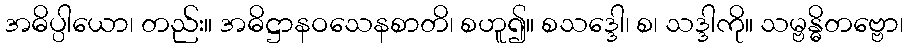
အဓိပ္ပါယော၊ တည်း။ အဓိဋ္ဌာနဝသေနစာတိ၊ စဟူ၍။ စသဒ္ဒေါ၊ စ၊ သဒ္ဒါကို။ သမ္ဗန္ဓိတဗ္ဗော၊